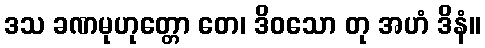
ဒသ ခဏမုဟုတ္တော တေ၊ ဒိဝသော တု အဟံ ဒိနံ။